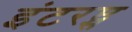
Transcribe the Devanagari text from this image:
इंटरप्ट्स